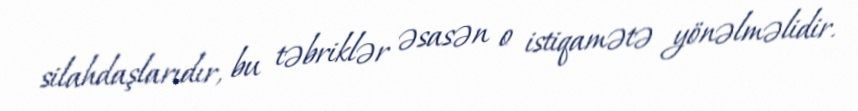
silahdaşlarıdır, bu təbriklər əsasən o istiqamətə yönəlməlidir.